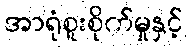
အာရုံစူးစိုက်မှုနှင့်